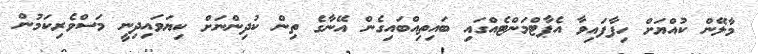
މާލޭން ކުއްޔަށް ހިފާފައިވާ އެޕާޓްމަންޓެއްގައި ބައިތިއްބައިގެން އޭނާގެ ތިން ކުދިންނަށް ކިޔަވައިދިނީ މަސްވެރިކަމުން